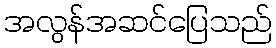
အလွန်အဆင်ပြေသည်